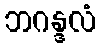
ဘဂန္ဒလံ